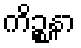
ကိဉ္စနာ